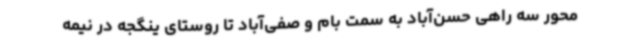
محور سه راهی حسن‌آباد به سمت بام و صفی‌آباد تا روستای ینگجه در نیمه